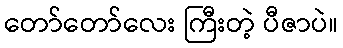
တော်တော်လေး ကြီးတဲ့ ပီဇာပဲ။